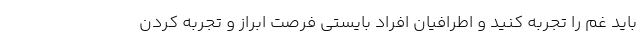
باید غم را تجربه کنید و اطرافیان افراد بایستی فرصت ابراز و تجربه کردن